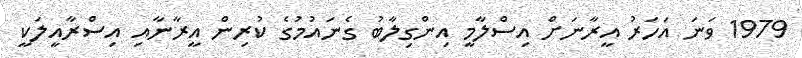
1979 ވަނަ އަހަރު އީރާނަށް އިސްލާމީ އިންގިލާބު ގެނައުމުގެ ކުރިން އީރާނާއި އިސްރާއީލަކީ